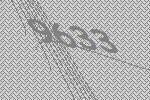
9633